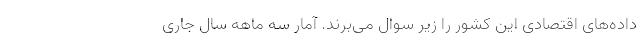
داده‌های اقتصادی این کشور را زیر سوال می‌برند. آمار سه ماهه سال جاری